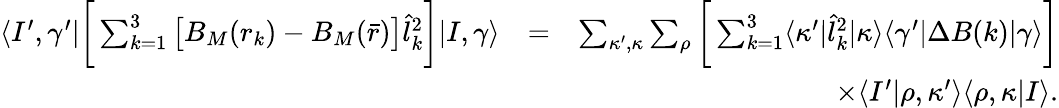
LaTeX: \begin{array}{rlr}{\langle I^{\prime},\gamma^{\prime}|\bigg[\sum_{k=1}^{3}\big[B_{M}(r_{k})-B_{M}(\bar{r})\big]\hat{l}_{k}^{2}\bigg]|I,\gamma\rangle}&{=}&{\sum_{\kappa^{\prime},\kappa}\sum_{\rho}\bigg[\sum_{k=1}^{3}\langle\kappa^{\prime}|\hat{l}_{k}^{2}|\kappa\rangle\langle\gamma^{\prime}|\Delta B(k)|\gamma\rangle\bigg]}\\ &{}&{\qquad\qquad\qquad\qquad\times\langle I^{\prime}|\rho,\kappa^{\prime}\rangle\langle\rho,\kappa|I\rangle.}\end{array}